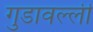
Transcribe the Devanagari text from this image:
गुडावल्ली